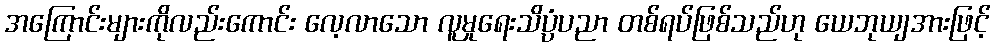
အကြောင်းများကိုလည်းကောင်း လေ့လာသော လူမှုရေးသိပ္ပံပညာ တစ်ရပ်ဖြစ်သည်ဟု ယေဘုယျအားဖြင့်